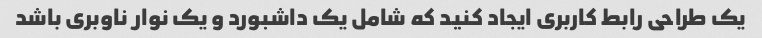
یک طراحی رابط کاربری ایجاد کنید که شامل یک داشبورد و یک نوار ناوبری باشد